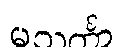
မသင်္ကာ